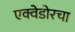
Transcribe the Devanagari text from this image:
एक्वेडोरचा